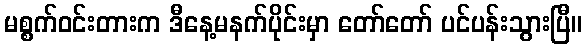
မစ္စက်ဝင်းတားက ဒီနေ့မနက်ပိုင်းမှာ တော်တော် ပင်ပန်းသွားပြီ။